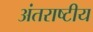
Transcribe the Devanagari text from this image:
अंतराष्टीय